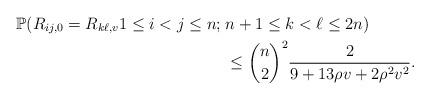
LaTeX: \begin{align*} \mathbb P(R_{ij,0} = R_{k \ell,v} 1\leq i<j \leq n;\; & n+1\leq k<\ell\leq 2n) \\ & \leq \binom{n}{2}^2 \frac{2}{9 + 13 \rho v + 2\rho^2v^2}. \end{align*}